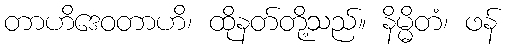
တာဟိဒေဝတာဟိ၊ ထိုနတ်တို့သည်။ နိမ္မိတံ၊ ဖန်